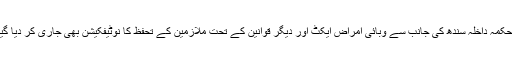
محکمہ داخلہ سندھ کی جانب سے وبائی امراض ایکٹ اور دیگر قوانین کے تحت ملازمین کے تحفظ کا نوٹیفکیشن بھی جاری کر دیا گیا۔